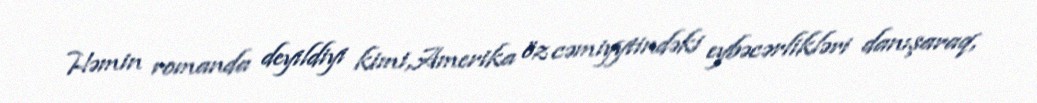
Həmin romanda deyildiyi kimi,Amerika öz cəmiyytindəki eybəcərlikləri danışaraq,